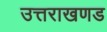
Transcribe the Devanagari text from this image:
उत्तराखणड